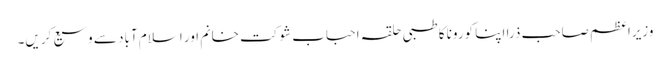
وزیراعظم صاحب ذرا اپنا کورونا کا طبی حلقہ احباب شوکت خانم اور اسلام آباد سے وسیع کریں۔